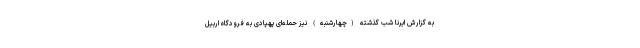
به گزارش ایرنا شب گذشته (چهارشنبه) نیز حمله‌ای پهپادی به فرودگاه اربیل